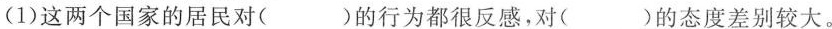
(1)这两个国家的居民对( )的行为都很反感，对( )的态度差别较大。